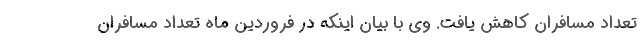
تعداد مسافران کاهش یافت. وی با بیان اینکه در فروردین ماه تعداد مسافران